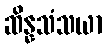
ဆိန္နသံသယာ